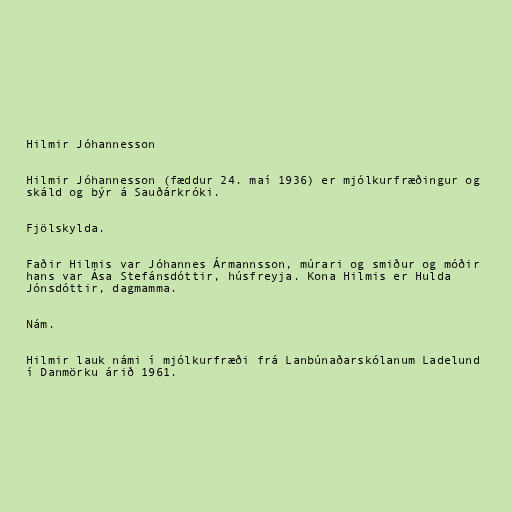
Hilmir Jóhannesson

Hilmir Jóhannesson (fæddur 24. maí 1936) er mjólkurfræðingur og
skáld og býr á Sauðárkróki.

Fjölskylda.

Faðir Hilmis var Jóhannes Ármannsson, múrari og smiður og móðir
hans var Ása Stefánsdóttir, húsfreyja. Kona Hilmis er Hulda
Jónsdóttir, dagmamma.

Nám.

Hilmir lauk námi í mjólkurfræði frá Lanbúnaðarskólanum Ladelund
í Danmörku árið 1961.